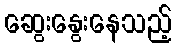
ဆွေးနွေးနေသည့်